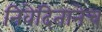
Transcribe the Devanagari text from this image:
निवेदितानेच